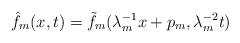
LaTeX: \begin{align*}\hat{f}_m(x,t)=\tilde{f}_m(\lambda_m^{-1}x+p_m,\lambda_m^{-2}t)\end{align*}